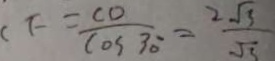
C F = \frac { C O } { \cos 3 0 ^ { \circ } } = \frac { 2 \sqrt { 3 } } { \sqrt { 5 } }